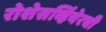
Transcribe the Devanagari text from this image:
रोशेसर्व्हियेरची